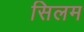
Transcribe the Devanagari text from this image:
सिलम